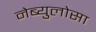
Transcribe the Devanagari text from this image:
नेब्युलोसा